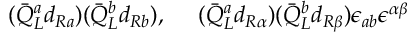
( \bar { Q } _ { L } ^ { a } d _ { R a } ) ( \bar { Q } _ { L } ^ { b } d _ { R b } ) , ~ ~ ~ ~ ( \bar { Q } _ { L } ^ { a } d _ { R \alpha } ) ( \bar { Q } _ { L } ^ { b } d _ { R \beta } ) \epsilon _ { a b } \epsilon ^ { \alpha \beta }